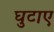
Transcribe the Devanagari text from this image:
घुटाए